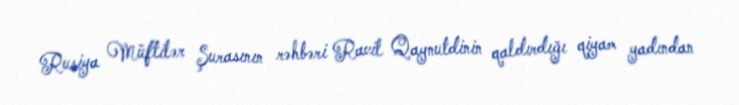
Rusiya Müftilər Şurasının rəhbəri Ravil Qaynutdinin qaldırdığı qiyam yadından